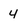
Character: 4